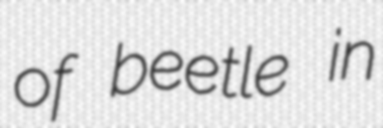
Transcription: of beetle in